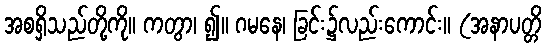
အစရှိသည်တို့ကို။ ကတွာ၊ ၍။ ဂမနေ၊ ခြင်း၌လည်းကောင်း။ (အနာပတ္တိ